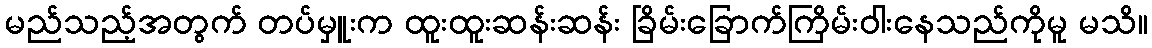
မည်သည့်အတွက် တပ်မှူးက ထူးထူးဆန်းဆန်း ခြိမ်းခြောက်ကြိမ်းဝါးနေသည်ကိုမူ မသိ။